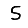
Digit: 5